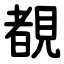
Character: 覩